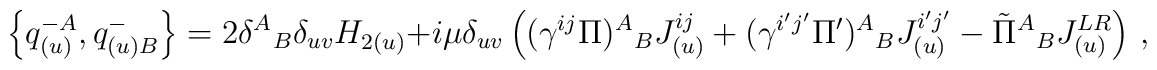
\left\{q^{-A}_{(u)},q^-_{(u)B}\right\}=2\delta^A{}_B\delta_{uv}H_{2(u)} + i\mu\delta_{uv}\left((\gamma^{ij}\Pi){}^A{}_B J^{ij}_{(u)}+(\gamma^{i^\prime j^\prime }\Pi^\prime){}^A{}_B  J^{i^\prime j^\prime}_{(u)} -{\tilde\Pi}^A{}_BJ^{LR}_{(u)}\right)\,,